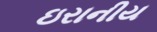
ઇરાનીય